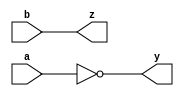
`timescale 1ns / 1ps

module inv(
input a,b,
output y,z
);

assign y=~a;
assign z=b;
endmodule